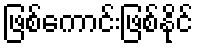
ဖြစ်ကောင်းဖြစ်နိုင်